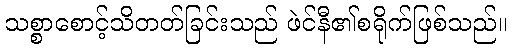
သစ္စာစောင့်သိတတ်ခြင်းသည် ဖဲင်နီ၏စရိုက်ဖြစ်သည်။